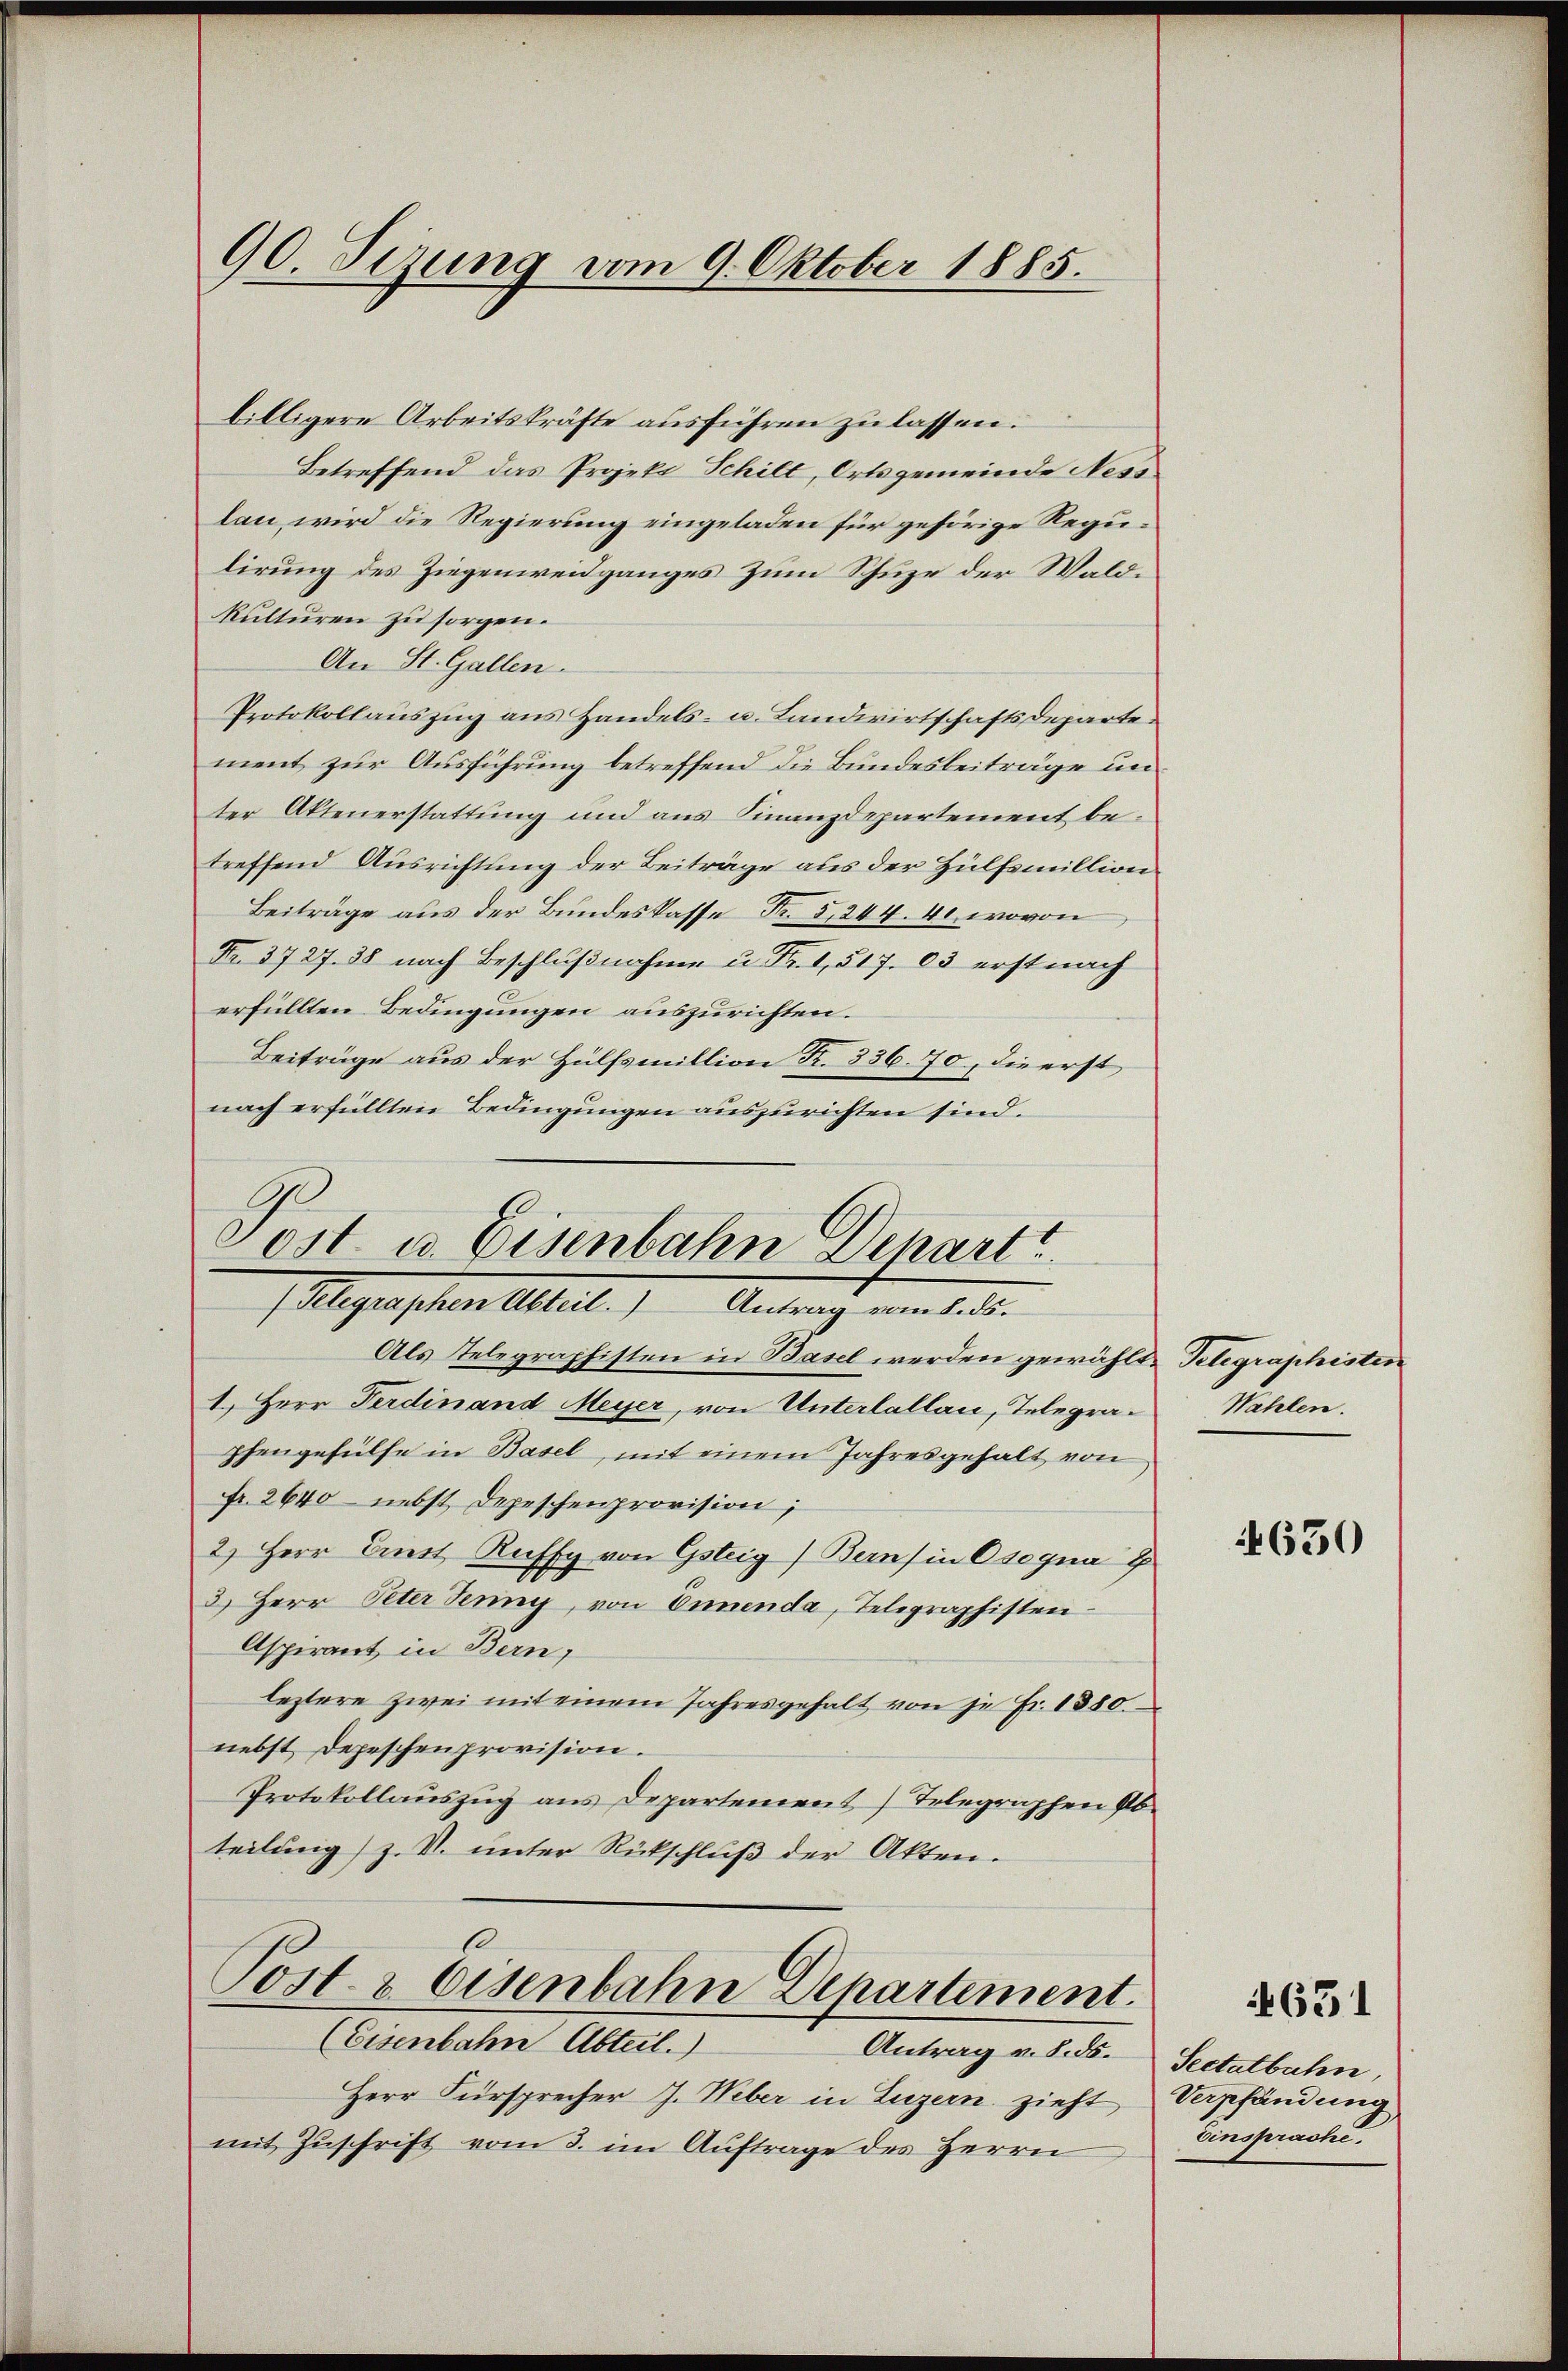
90. Sezung vom 9. Oktober 1885.

billigere Arbeitskräfte ausführen zu lassen.
Betreffend das Projekt Schilt, Ortsgemeinde Ness
lan, wird die Regierung eingeladen für gehörige Regulirung des Ziegenweidganges zum Schuze der Waldkulturen zu sorgen.
An St. Gallen.
Protokollauszug aus Handels- u. Landwirtschaftsdeparte
ment zur Ausführung betreffend die Bundesbeiträge un
ter Aktenerstattung und aus Finanzdepartement betreffend Ausrichtung der Beiträge aus der Hülfsmillion
Beiträge aus der Bundeskasse Fr. 5,244. 40, wovon
Fr. 3727. 38 nach Beschlußnahme u. Fr. 1,517. 63 erst nach
erfüllten Bedingungen auszurichten.
Beiträge aus der Hülfsmillion K. 336. 70, die erst
nach erfüllten Bedingungen auszurichten sind.
Als Telegraphisten in Basel werden gewählte Telegraphisten
1.) Herr Ferdinand Meyer, von Unterlallau, Telegraphengehülfe in Basel, mit einem Jahresgehalt von
Fr. 2640 nebst Depeschenprovision;
2.) Herr Dunst Ruffy von Gsteig) Berns in Csogna
2.) Herr Peter Jenny, von Ennenda, Telegraphisten¬
Aspirant in Bern,
leztere zwei mit einem Jahresgehalt von je Fr. 1380.
nebst Depeschenprovision.
Protokollauszug aus Departement) Telegraphen Ab-
teilung) z. V. ŭnter Rückschlŭβ der Akten.
Post & Eisenbahn Departement.
(Eisenbahn Abteil.)
Antrag v. 8. ds. Sectalbahn,
Herr Fürsprecher J. Weber in Luzern zieht,
mit Zuschrift vom 3. im Auftrage des Herrn

Post u. Eisenbahn Depart
Telegraphen Abteil. Antrag vom 8. ds.

Wahlen.

4650

631

Verpfändung
Einsprache.